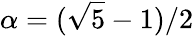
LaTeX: \alpha=(\sqrt{5}-1)/2